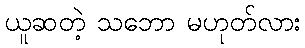
ယူဆတဲ့ သဘော မဟုတ်လား